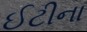
ઈટીના